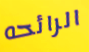
الرائحه